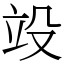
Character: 竐